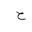
Letter: _ha